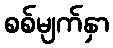
စစ်မျက်နှာ